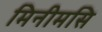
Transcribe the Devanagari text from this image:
मिनीमसि